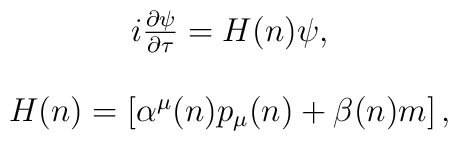
\begin{array}{c}i\frac{\partial \psi }{\partial \tau }=H(n)\psi , \\ \\ H(n)=\left[ \alpha ^\mu (n)p_\mu (n)+\beta (n)m\right] ,\end{array}